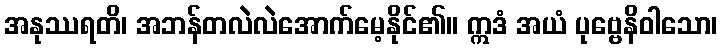
အနုဿရတိ၊ အဘန်တလဲလဲအောက်မေ့နိုင်၏။ ဣဒံ အယံ ပုဗ္ဗေနိဝါသော၊